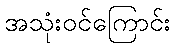
အသုံးဝင်ကြောင်း